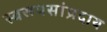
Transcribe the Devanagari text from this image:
स्वरूपसांप्रदाय